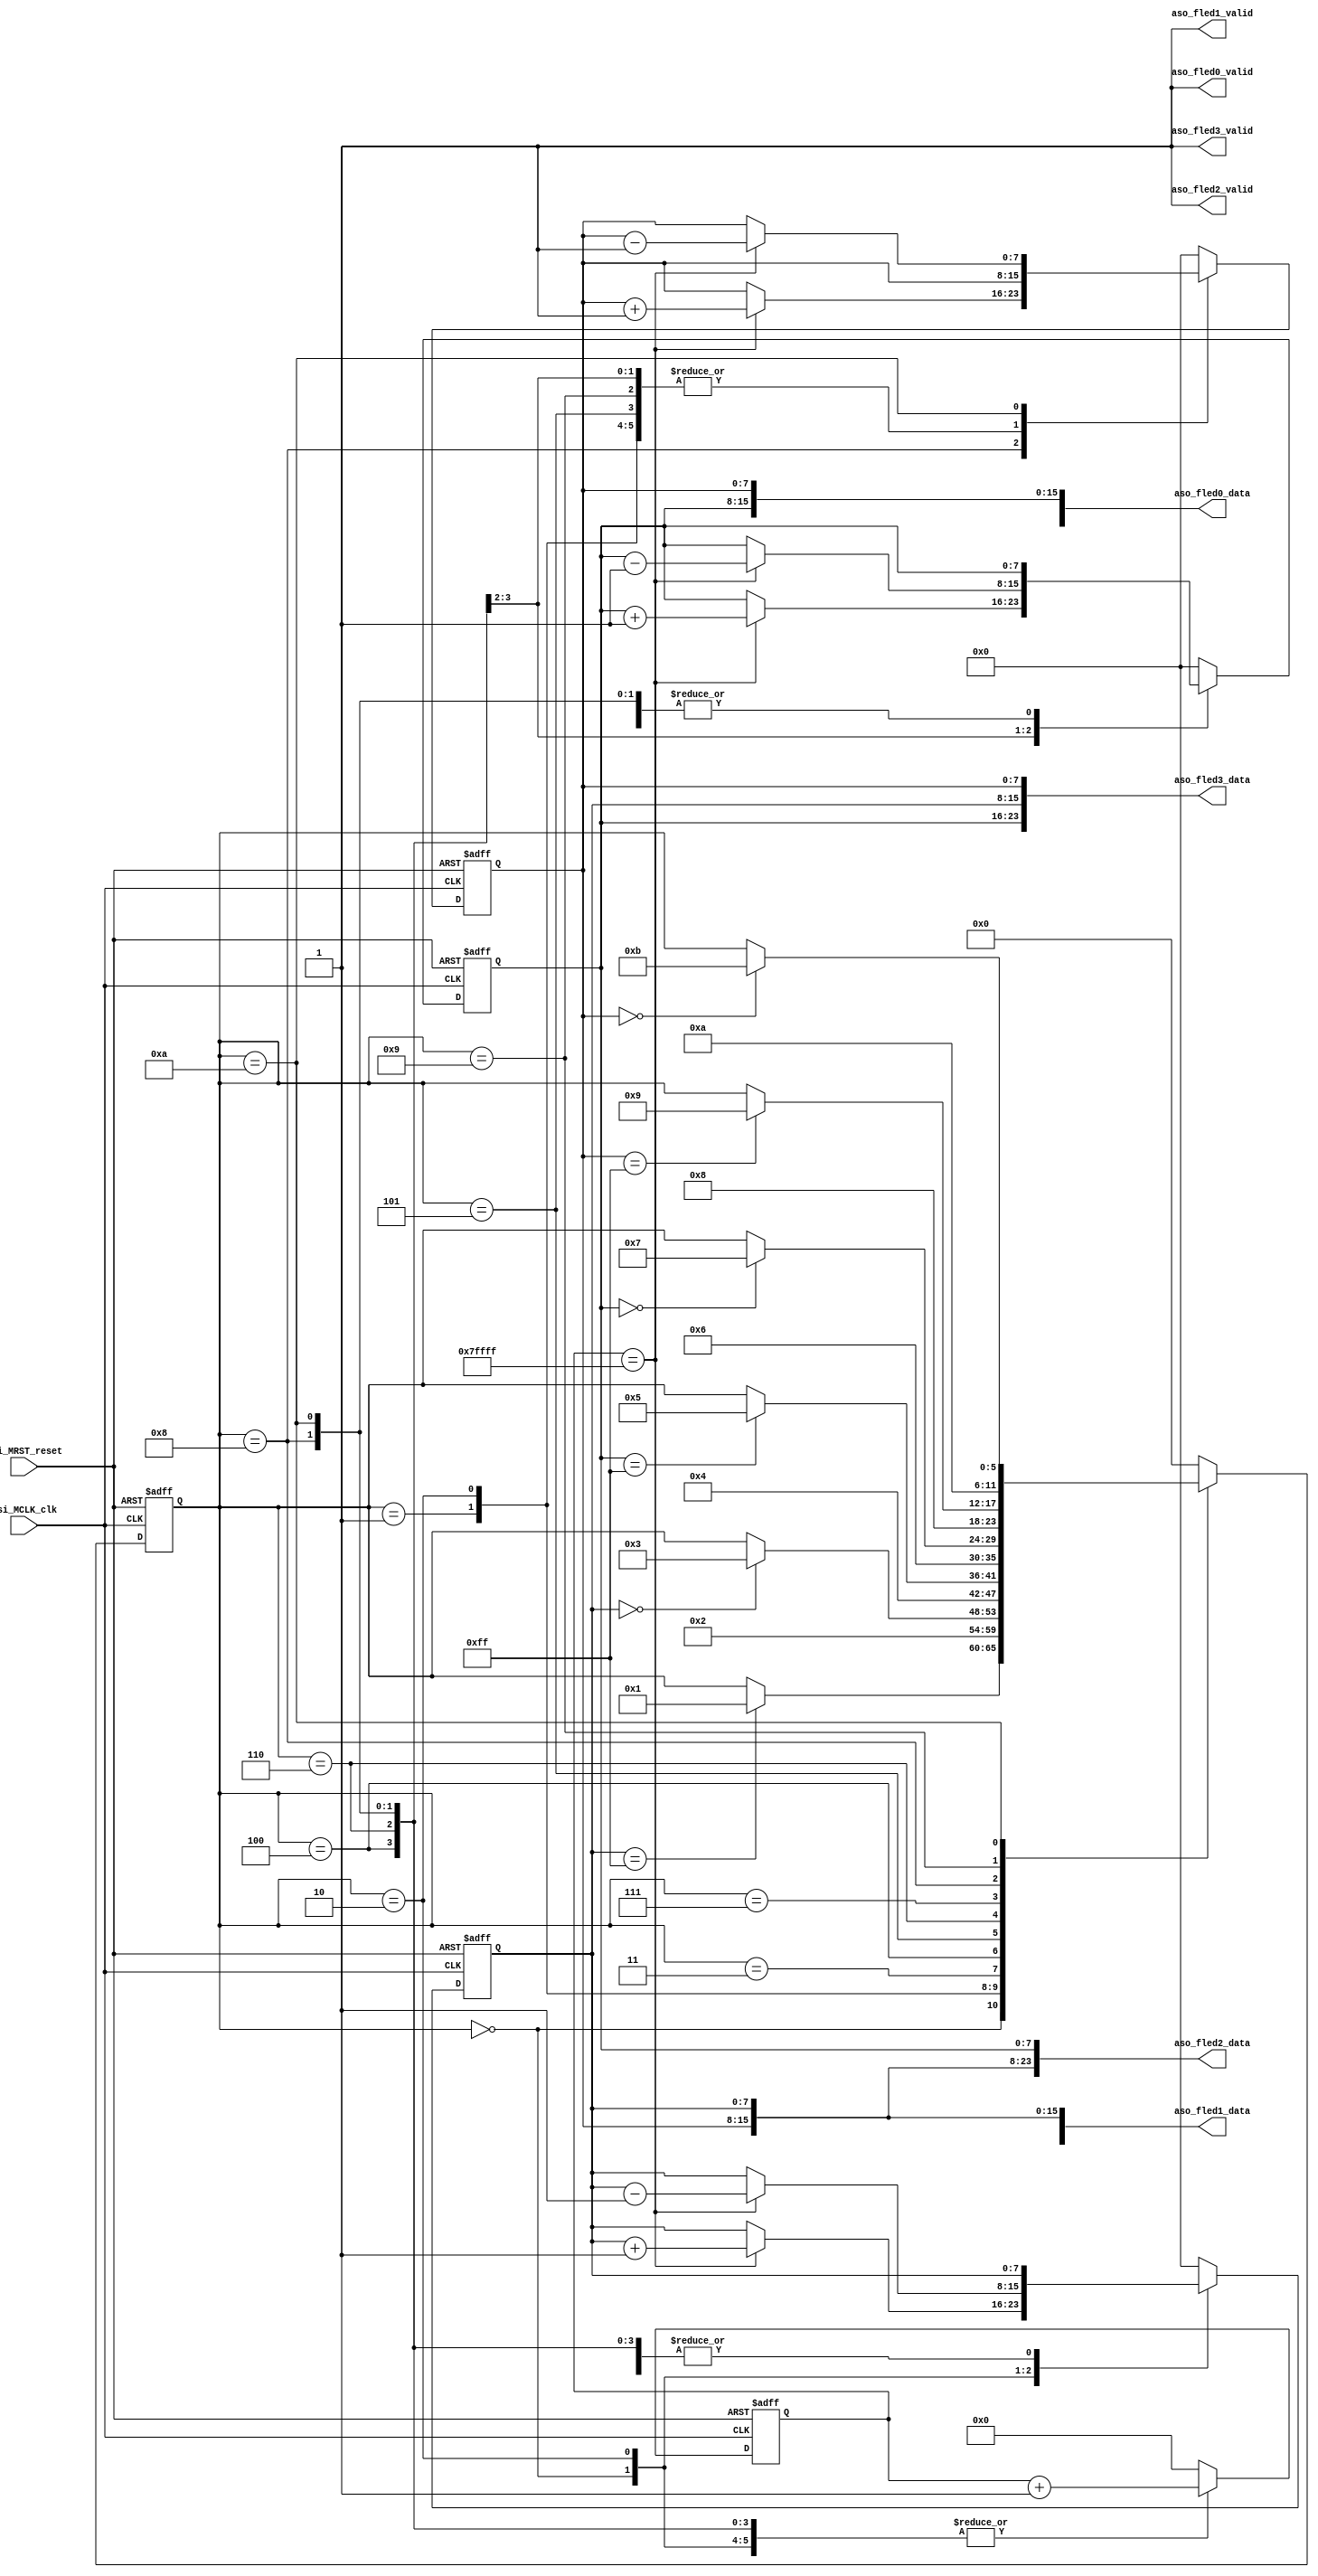
module test_LEDState(
input					rsi_MRST_reset,	
input					csi_MCLK_clk,
output	[23:0]	aso_fled0_data,
output				aso_fled0_valid,
output	[23:0]	aso_fled1_data,
output				aso_fled1_valid,
output	[23:0]	aso_fled2_data,
output				aso_fled2_valid,
output	[23:0]	aso_fled3_data,
output				aso_fled3_valid
);
assign	aso_fled0_valid = 1;
assign	aso_fled0_data = {r_cnt, g_cnt, b_cnt};
assign	aso_fled1_valid = 1;
assign	aso_fled1_data = {g_cnt, b_cnt, r_cnt};
assign	aso_fled2_valid = 1;
assign	aso_fled2_data = {b_cnt, r_cnt, g_cnt};
assign	aso_fled3_valid = 1;
assign	aso_fled3_data = {g_cnt, r_cnt, b_cnt};
reg	[5:0]		state;
reg	[7:0]		r_cnt, g_cnt, b_cnt;
reg	[18:0]	delay_cnt;
always@(posedge csi_MCLK_clk or posedge rsi_MRST_reset)
begin
	if(rsi_MRST_reset) begin
		state <= 0;
		r_cnt <= 0;
		g_cnt <= 0;
		b_cnt <= 0;
		delay_cnt <= 0;
	end
	else begin
		case(state)
			0: begin 
				g_cnt <= 0;
				b_cnt <= 0;
				delay_cnt <= delay_cnt + 1;
				if(delay_cnt == 19'h7FFFF) r_cnt <= r_cnt + 1;
				if(r_cnt == 255) state <= 1;
			end
			1: begin
				delay_cnt <= 0;
				state <= 2;
			end
			2: begin 
				delay_cnt <= delay_cnt + 1;
				if(delay_cnt == 19'h7FFFF) r_cnt <= r_cnt - 1;
				if(r_cnt == 0) state <= 3;
			end
			3: begin
				r_cnt <= 0;
				g_cnt <= 0;
				b_cnt <= 0;
				delay_cnt <= 0;
				state <= 4;
			end
			4: begin 
				delay_cnt <= delay_cnt + 1;
				if(delay_cnt == 19'h7FFFF) g_cnt <= g_cnt + 1;
				if(g_cnt == 255) state <= 5;
			end
			5: begin
				delay_cnt <= 0;
				state <= 6;
			end
			6: begin 
				delay_cnt <= delay_cnt + 1;
				if(delay_cnt == 19'h7FFFF) g_cnt <= g_cnt - 1;
				if(g_cnt == 0) state <= 7;
			end
			7: begin
				r_cnt <= 0;
				g_cnt <= 0;
				b_cnt <= 0;
				delay_cnt <= 0;
				state <= 8;
			end
			8: begin 
				delay_cnt <= delay_cnt + 1;
				if(delay_cnt == 19'h7FFFF) b_cnt <= b_cnt + 1;
				if(b_cnt == 255) state <= 9;
			end
			9: begin
				delay_cnt <= 0;
				state <= 10;
			end
			10: begin 
				delay_cnt <= delay_cnt + 1;
				if(delay_cnt == 19'h7FFFF) b_cnt <= b_cnt - 1;
				if(b_cnt == 0) state <= 11;
			end
			11: begin
				r_cnt <= 0;
				g_cnt <= 0;
				b_cnt <= 0;
				delay_cnt <= 0;
				state <= 0;
			end
			default: begin
				state <= 0;
				r_cnt <= 0;
				g_cnt <= 0;
				b_cnt <= 0;
				delay_cnt <= 0;
			end
		endcase
	end
end
endmodule